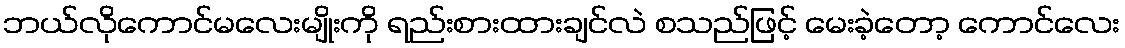
ဘယ်လိုကောင်မလေးမျိုးကို ရည်းစားထားချင်လဲ စသည်ဖြင့် မေးခဲ့တော့ ကောင်လေး